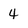
Character: 4